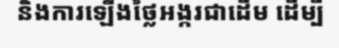
និងការឡើងថ្លៃអង្ករជាដើម ដើម្បី